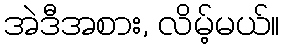
အဲဒီအစား, လိမ့်မယ်။